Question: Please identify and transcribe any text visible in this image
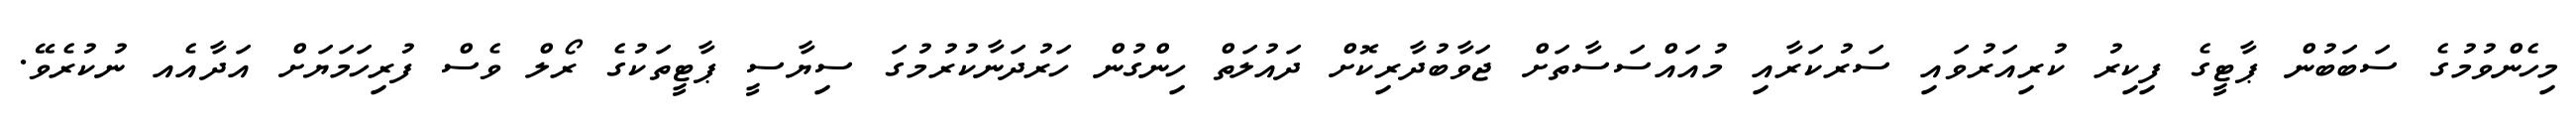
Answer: މިހެންވުމުގެ ސަބަބުން ޕާޓީގެ ފިކިރު ކުރިއަރުވައި ސަރުކަރާއި މުއައްސަސާތަށް ޖަވާބުދާރިކޮށް ދައުލަތް ހިންގުން ހަރުދަނާކުރުމުގަ ސިޔާސީ ޕާޓީތަކުގެ ރޯލް ވެސް ފުރިހަމަޔަށް އަދާއެއ ނުކުރެވޭ.